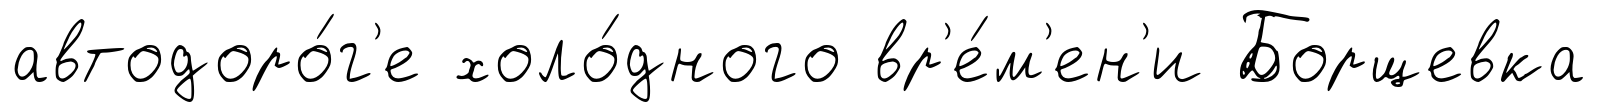
автодоро́г'е холо́дного вр'е́м'ен'и Борщевка